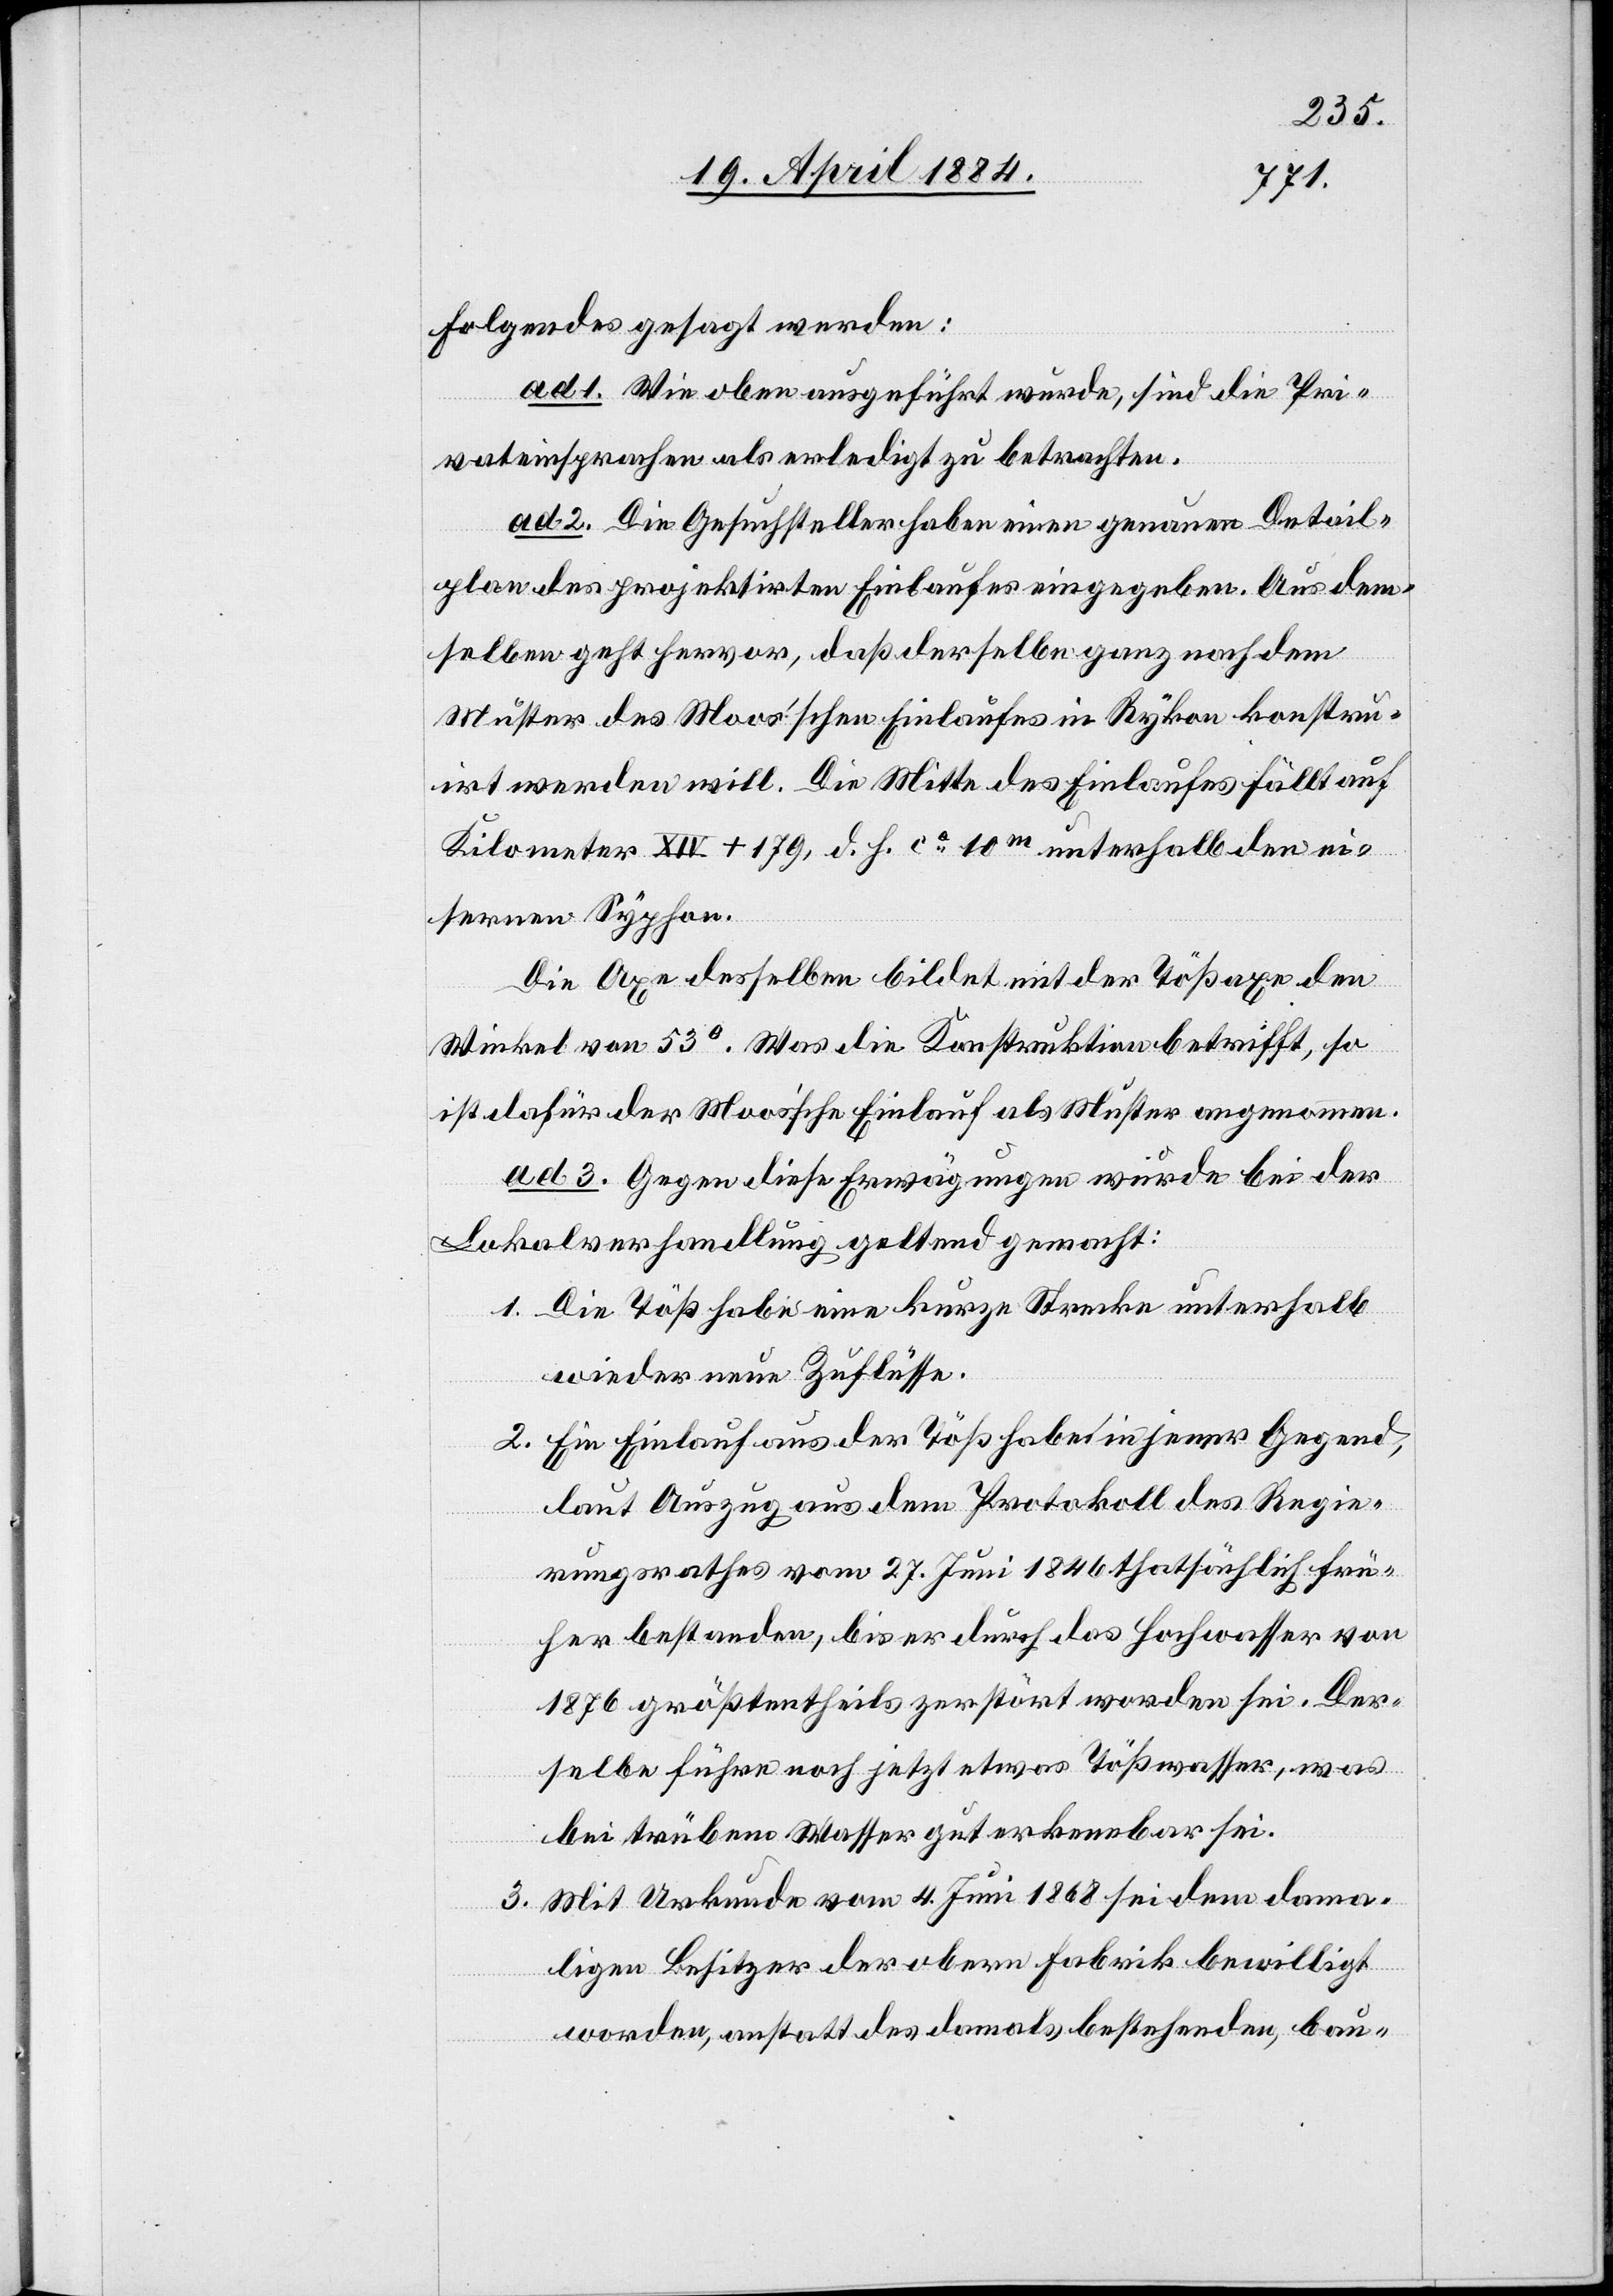
folgendes gesagt werden:
ad 1. Wie oben ausgeführt wurde, sind die Pri¬
vateinsprachen als erledigt zu betrachten.
ad 2. Die Gesuchsteller haben einen genauen Detail¬
plan des projektirten Einlaufes eingegeben. Aus dem¬
selben geht hervor, daß derselbe ganz nach dem
Muster des Moos’schen Einlaufes in Rykon konstru¬
irt werden will. Die Mitte des Einlaufes fällt auf
Kilometer XIV + 179, d. h. ca 10m unterhalb den
eisernen Syphon.
Die Axe desselben bildet mit der Tößaxe den
Winkel von 53°. Was die Konstruktion betrifft, so
ist dafür der Moos’sche Einlauf als Muster angenommen.
ad 3. Gegen diese Erwägungen wurde bei der
Lokalverhandlung geltend gemacht:
1. Die Töß habe eine kurze Strecke unterhalb
wieder neue Zuflüsse.
2. Ein Einlauf aus der Töß habe in jener Gegend
laut Auszug aus dem Protokoll des Regie¬
rungsrathes vom 27. Juni 1846 thatsächlich frü¬
her bestanden, bis er durch das Hochwasser von
1876 größtentheils zerstört worden sei. Der¬
selbe führe noch jetzt etwas Tößwasser, was
bei trübem Wasser gut erkennbar sei.
3. Mit Urkunde vom 4. Juni 1868 sei dem dama¬
ligen Besitzer der obern Fabrik bewilligt
worden, anstatt des damals bestehenden, bau-